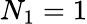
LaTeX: N_{1}=1